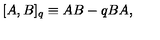
[ A , B ] _ { q } \equiv A B - q B A ,